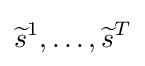
{\widetilde {s}}^{1},\dots ,{\widetilde {s}}^{T}